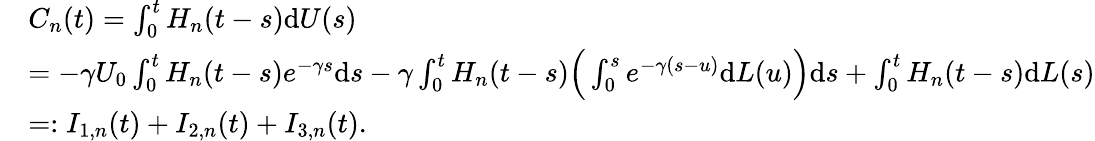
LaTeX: \begin{array}{rl}&{C_{n}(t)=\int_{0}^{t}H_{n}(t-s)\mathrm{d}U(s)}\\ &{=-\gamma U_{0}\int_{0}^{t}H_{n}(t-s)e^{-\gamma s}\mathrm{d}s-\gamma\int_{0}^{t}H_{n}(t-s)\Big(\int_{0}^{s}e^{-\gamma(s-u)}\mathrm{d}L(u)\Big)\mathrm{d}s+\int_{0}^{t}H_{n}(t-s)\mathrm{d}L(s)}\\ &{=:I_{1,n}(t)+I_{2,n}(t)+I_{3,n}(t).}\end{array}